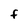
Character: f